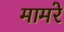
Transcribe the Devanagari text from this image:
मामरे